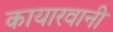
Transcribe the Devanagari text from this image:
कायारवानी